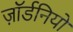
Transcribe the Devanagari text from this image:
ज़ॉर्डनियों